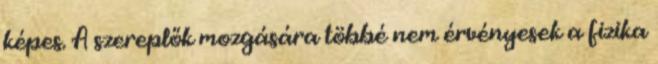
képes. A szereplők mozgására többé nem érvényesek a fizika